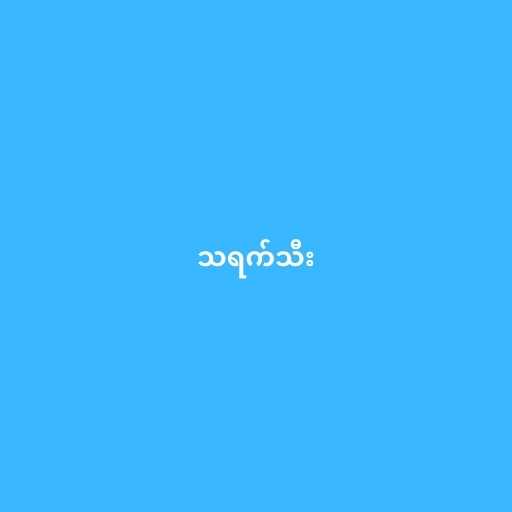
သရက်သီး